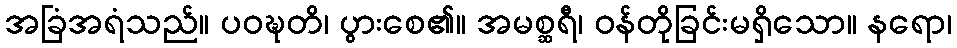
အခြံအရံသည်။ ပဝဍ္ဎတိ၊ ပွားစေ၏။ အမစ္ဆရီ၊ ဝန်တိုခြင်းမရှိသော။ နရော၊